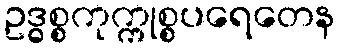
ဥဒ္ဓစ္စကုက္ကုစ္စပရေတေန